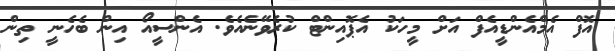
އޮފް އެމްއެންޑީއެފް އަށް މީހަކު އެޕޮއިންޓް ކުރެވޭނެއެވެ. އެންސީއޯ އިން ބެހެނީ ތިން